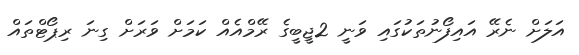
އަލަށް ނެރޭ އައިފޯނުތަކުގައި ވަނީ 2ޖީބީގެ ރޭމްއެއް ކަމަށް ވަރަށް ގިނަ ރިޕޯޓްތައް